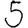
Digit: 5